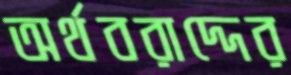
অর্থবরাদ্দের